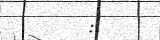
: